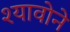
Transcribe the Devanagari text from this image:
श्यावोने